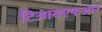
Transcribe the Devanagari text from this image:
टिआयएफआर